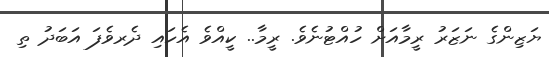
ޔަޒިންގެ ނަޒަރު ރީމާއަށް ހުއްޓުނެވެ. ރީމާ.. ކީއްވެ އެހައި ދެރވެފަ އަބަދު ތި